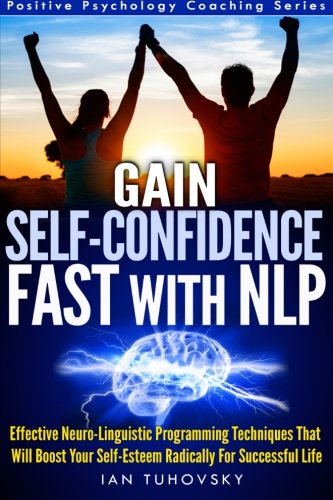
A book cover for Gain Self-Confidence Fast with NLP: Effective Neuro-Linguistic Programming Techniques That Will Boost Your Self-Esteem Radically For Successful Life (Positive Psychology Coaching Series) (Volume 1); Ian Tuhovsky; Self-Help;